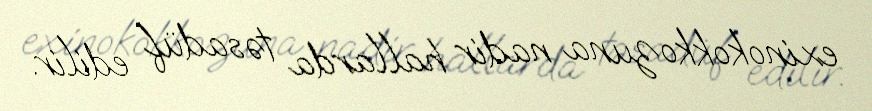
exinokokkozuna nadir hallarda təsadüf edilir.